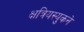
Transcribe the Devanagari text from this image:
क्षत्रियस्युकने